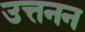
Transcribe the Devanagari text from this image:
उत्तनन